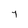
Character: 7